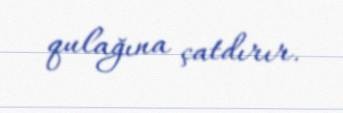
qulağına çatdırır.